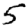
Digit: 5